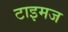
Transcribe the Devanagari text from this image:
टाइमज